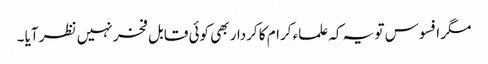
مگر افسوس تو یہ کہ علماء کرام کا کردار بھی کوئی قابل فخر نہیں نظر آیا ۔